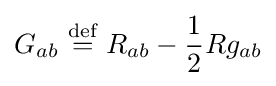
G_{ab}\ {\stackrel {\text{def}}{=}}\ R_{ab}-{\frac {1}{2}}Rg_{ab}